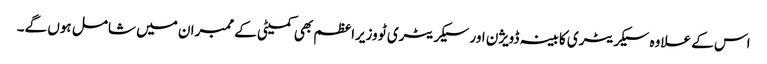
اس کے علاوہ سیکریٹری کابینہ ڈویژن اور سیکریٹری ٹو وزیراعظم بھی کمیٹی کے ممبران میں شامل ہوں گے۔